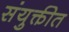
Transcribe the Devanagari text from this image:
संयुक्तीत